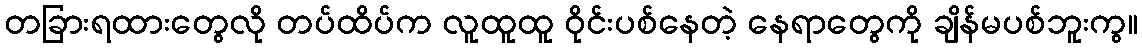
တခြားရထားတွေလို တပ်ထိပ်က လူထူထူ ဝိုင်းပစ်နေတဲ့ နေရာတွေကို ချိန်မပစ်ဘူးကွ။